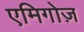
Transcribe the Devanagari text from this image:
एमिगोज़